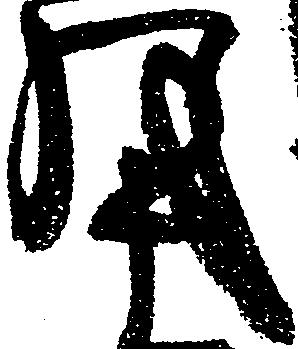
月